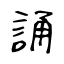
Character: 誦